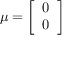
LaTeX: { \boldsymbol { \mu } } = \left[ { \begin{array} { l } { 0 } \\ { 0 } \end{array} } \right]